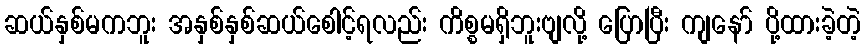
ဆယ်နှစ်မကဘူး အနှစ်နှစ်ဆယ်စေါင့်ရလည်း ကိစ္စမရှိဘူးဗျလို့ ပြောပြီး ကျနော် ပို့ထားခဲ့တဲ့